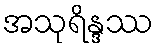
အသုရိန္ဒဿ